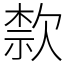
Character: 歀